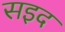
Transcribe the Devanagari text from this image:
सइद